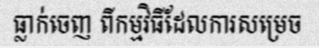
ធ្លាក់ចេញ ពីកម្មវិធីដែលការសម្រេច